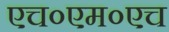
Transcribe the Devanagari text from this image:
एच०एम०एच